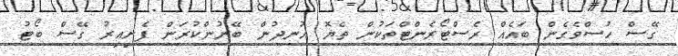
ގޭސް ހުސްވެގެން ބައެއް ރެސްޓޯރެންޓްތަކުން ތެޔޮ އުނދުން ބޭނުންކުރަން ފެށިއިރު ގޭސް ބޯޓު